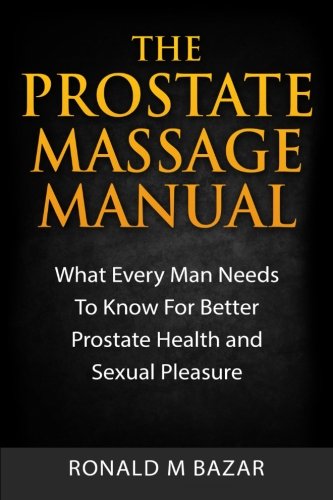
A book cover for The Prostate Massage Manual: What Every Man Needs To Know For Better Prostate Health and Sexual Pleasure; Ronald M Bazar; Health, Fitness & Dieting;